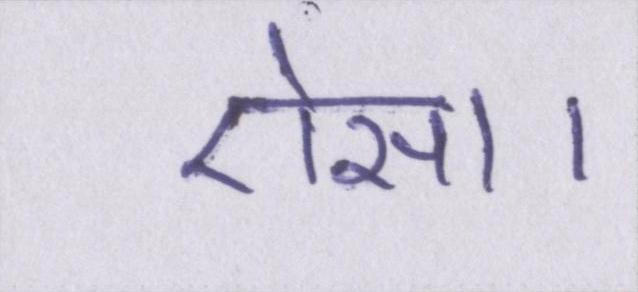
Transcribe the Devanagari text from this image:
ऐसा।